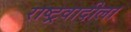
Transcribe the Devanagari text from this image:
राष्ट्रवादीला